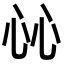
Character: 𢗰